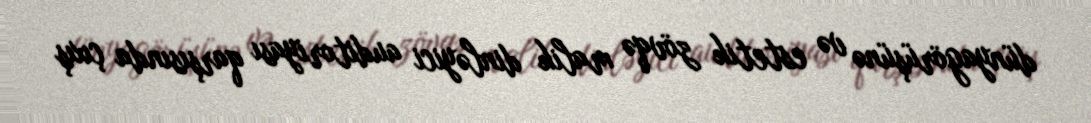
dünyagörüşünə və estetik zövqə malik dinləyici auditoriyası qarşısında çıxış